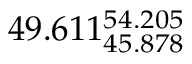
4 9 . 6 1 1 _ { 4 5 . 8 7 8 } ^ { 5 4 . 2 0 5 }